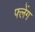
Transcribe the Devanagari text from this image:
फ्लेंग